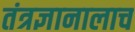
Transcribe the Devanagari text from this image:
तंत्रज्ञानालाच